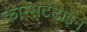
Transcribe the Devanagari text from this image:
कान्सटेंटाइन